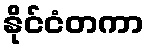
နိုင်ငံတကာ